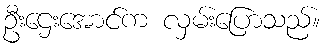
ဦးဌေးအောင်က လှမ်းပြောသည်။